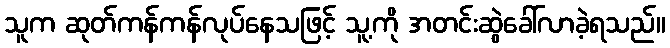
သူက ဆုတ်ကန်ကန်လုပ်နေသဖြင့် သူ့ကို အတင်းဆွဲခေါ်လာခဲ့ရသည်။